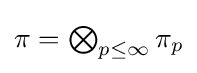
{\textstyle \pi =\bigotimes _{p\leq \infty }\pi _{p}}